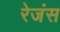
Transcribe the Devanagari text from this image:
रेजंस